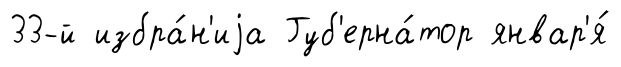
33-й избра́н'иjа Губ'ерна́тор январ'я́